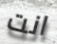
انت